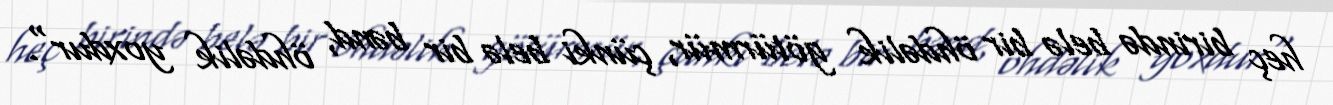
heç birində belə bir öhdəlik götürmür, çünki belə bir bənd, öhdəlik yoxdur".